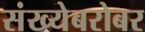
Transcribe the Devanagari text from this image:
संख्येबरोबर